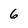
Character: 6